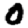
Digit: 0